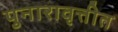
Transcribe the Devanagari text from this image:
पुनारावृत्तीत